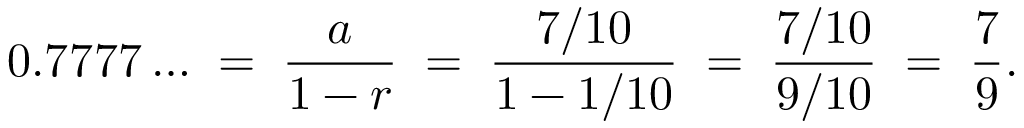
0 . 7 7 7 7 \ldots \; = \; { \frac { a } { 1 - r } } \; = \; { \frac { 7 / 1 0 } { 1 - 1 / 1 0 } } \; = \; { \frac { 7 / 1 0 } { 9 / 1 0 } } \; = \; { \frac { 7 } { 9 } } .